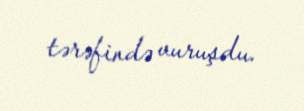
tərəfində vuruşdu.